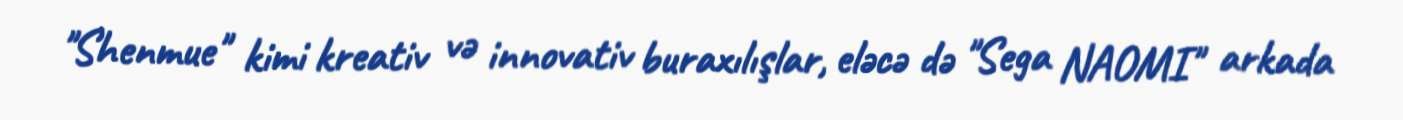
"Shenmue" kimi kreativ və innovativ buraxılışlar, eləcə də "Sega NAOMI" arkada